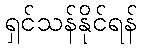
ရှင်သန်နိုင်ရန်